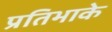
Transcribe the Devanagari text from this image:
प्रतिभाके